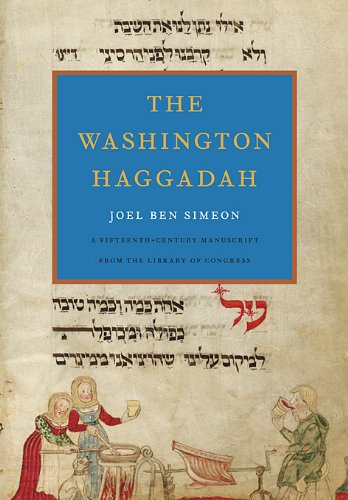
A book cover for The Washington Haggadah; Joel ben Simeon; Religion & Spirituality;